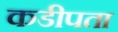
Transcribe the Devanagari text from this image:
कडीपता